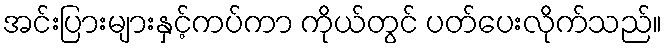
အင်းပြားများနှင့်ကပ်ကာ ကိုယ်တွင် ပတ်ပေးလိုက်သည်။